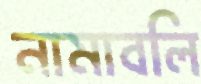
নামাবলি